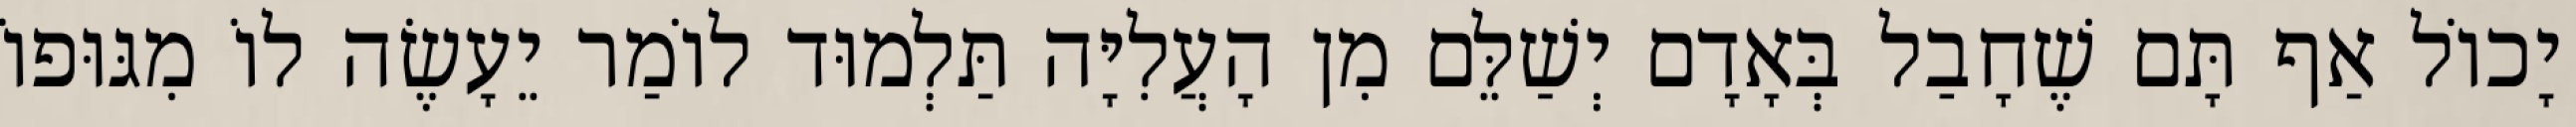
יָכוֹל אַף תָּם שֶׁחָבַל בְּאָדָם יְשַׁלֵּם מִן הָעֲלִיָּה תַּלְמוּד לוֹמַר יֵעָשֶׂה לוֹ מִגּוּפוֹ